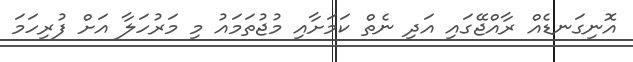
އޮނިގަނޑެއް ރާއްޖޭގައި އަދި ނެތް ކަމަށާއި މުޖުތަމައު މި މަރުހަލާ އަށް ފުރިހަމަ